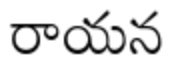
రాయన